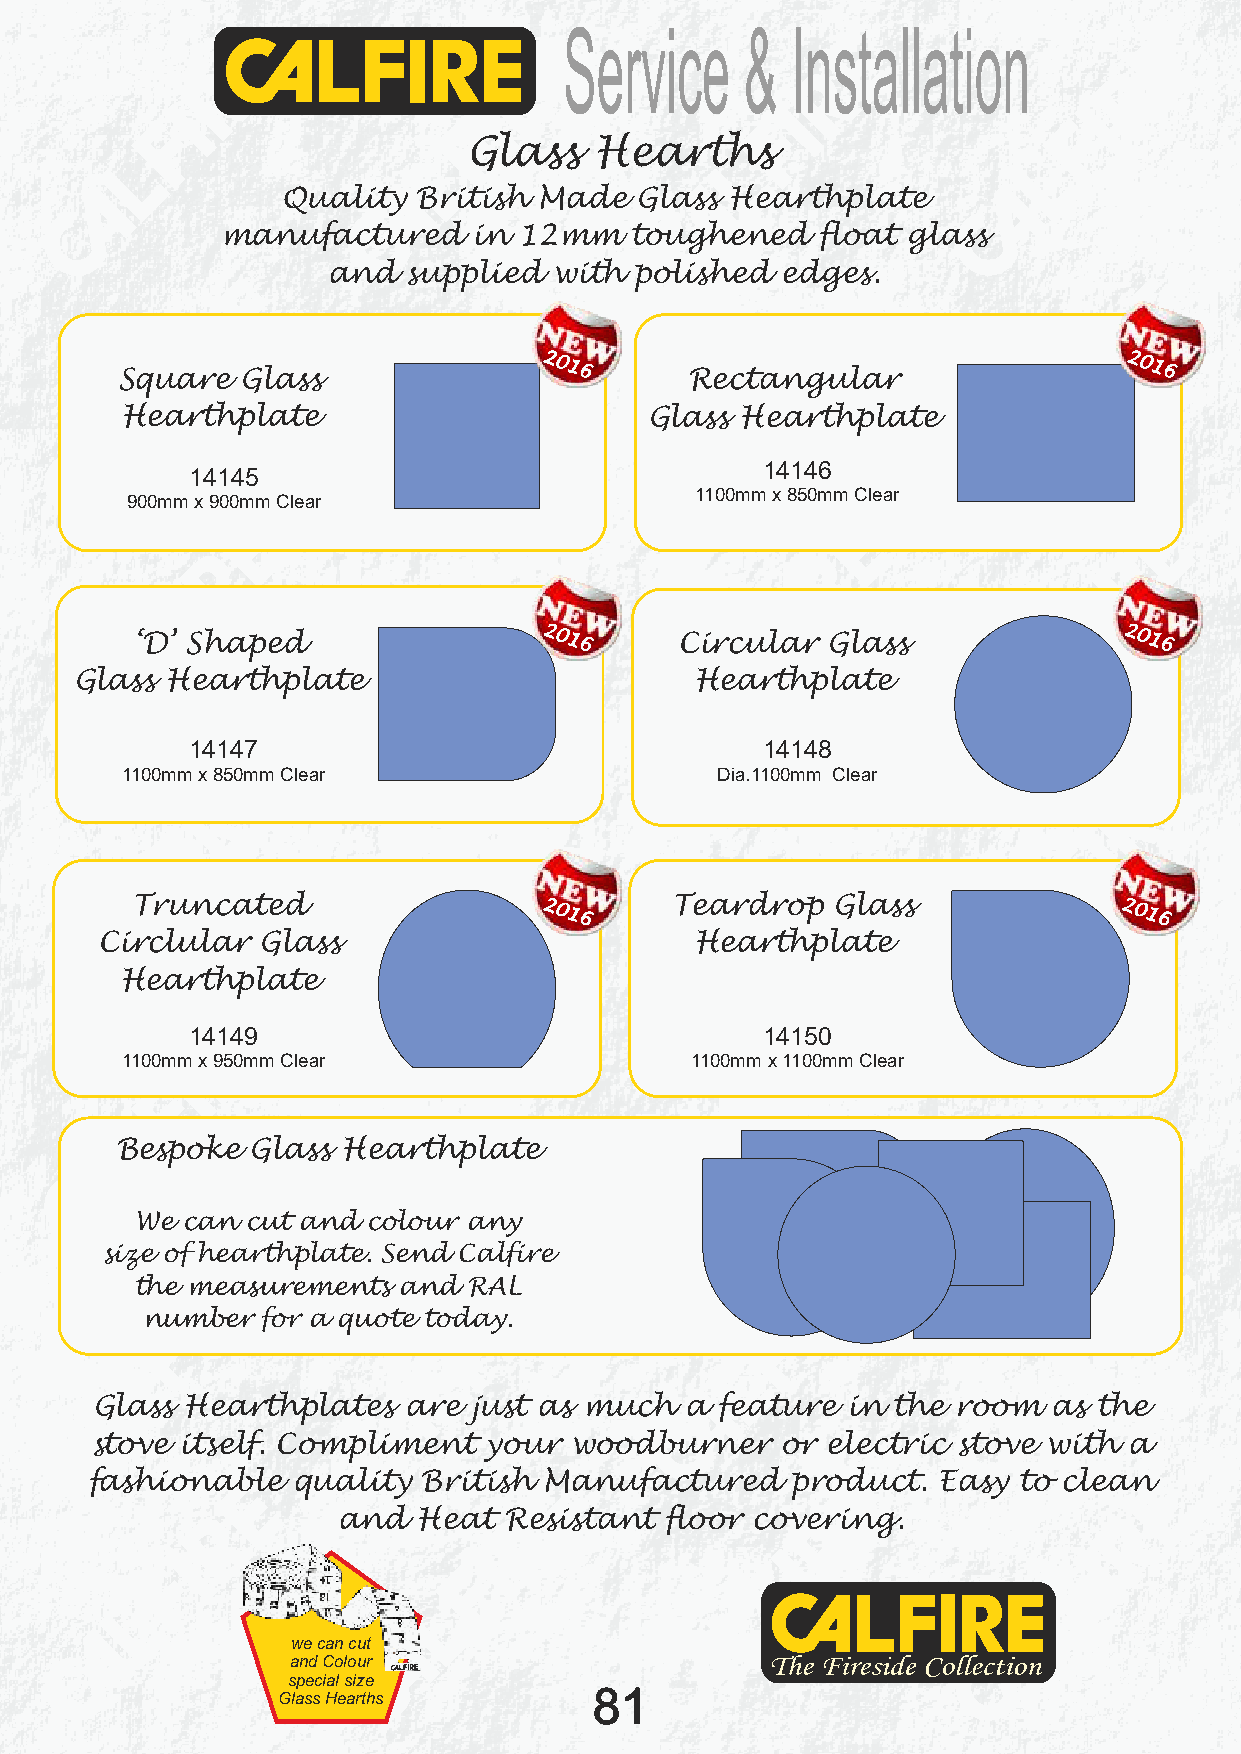
Service     &  Installation
 Glass   Hearths
 Quality  British Made  Glass Hearthplate
 manufactured    in 12mm    toughened   float glass
 and  supplied  with polished  edges.
 Square  Glass
 2016
 Rectangular
 2016
 Hearthplate                        Glass Hearthplate
 14146
 14145
 1100mm x 850mm Clear
 900mm x 900mm Clear
 ‘D’ Shaped                 2016     Circular  Glass              2016
 Glass Hearthplate                        Hearthplate
 14147                                 14148
 1100mm x 850mm Clear                   Dia.1100mm Clear
 Truncated                  2016    Teardrop   Glass              2016
 Circlular  Glass                        Hearthplate
 Hearthplate
 14149                                 14150
 1100mm x 950mm Clear                  1100mm x 1100mm Clear
 Bespoke  Glass Hearthplate
 We can cut and colour any
 size of hearthplate. Send Calfire
 the measurements and  RAL
 number  for a quote today.
 Glass Hearthplates   are just as much  a feature  in the room   as the
 stove itself. Compliment  your  woodburner    or electric stove with a
 fashionable  quality  British Manufactured    product.  Easy to clean
 and   Heat Resistant  floor covering.
 we can cut
 and Colour
 special size
 81
 Glass Hearths